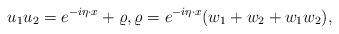
LaTeX: \begin{align*}u_1u_2=e^{-i\eta\cdot x}+\varrho,\varrho=e^{-i\eta\cdot x}(w_1+w_2+w_1w_2),\end{align*}